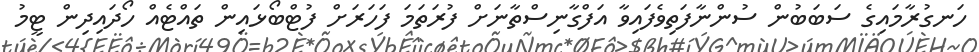
ހަނގުރާމައިގެ ސަބަބުން ސުންނާފަތިވެފައިވާ އަފްގާނިސްތާނަށް ފުރަތަމަ ފަހަރަށް ފުޓްބޯޅައިން ތައްޓެއް ހޯދައިދިން ޓީމު